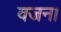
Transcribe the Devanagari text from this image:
वजन।